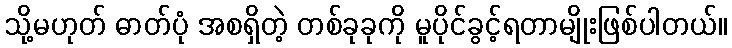
သို့မဟုတ် ဓာတ်ပုံ အစရှိတဲ့ တစ်ခုခုကို မူပိုင်ခွင့်ရတာမျိုးဖြစ်ပါတယ်။